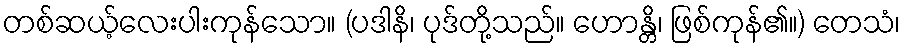
တစ်ဆယ့်လေးပါးကုန်သော။ (ပဒါနိ၊ ပုဒ်တို့သည်။ ဟောန္တိ၊ ဖြစ်ကုန်၏။) တေသံ၊